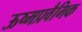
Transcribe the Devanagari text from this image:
ऊष्मप्रवैगिक